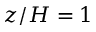
z / H = 1